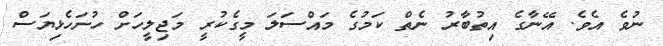
ނުވެ އެވެ. އޭނާގެ އިތުބާރު ނެތް ކަމުގެ މައްސަލަ މީގެކުރީ މަޖިލީހަށް ހުށަހެޅިޔަސް